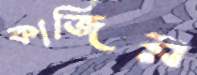
কাজির